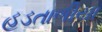
હડતાળીયા